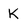
Character: K